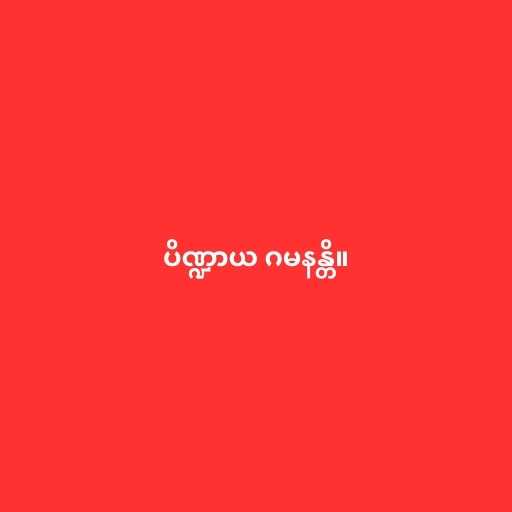
ပိဏ္ဍာယ ဂမနန္တိ။